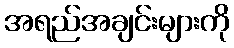
အရည်အချင်းများကို